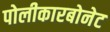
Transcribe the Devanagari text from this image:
पोलीकारबोनेट